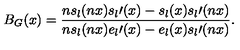
B _ { G } ( x ) = \frac { n s _ { l } ( n x ) s _ { l } \prime ( x ) - s _ { l } ( x ) s _ { l } \prime ( n x ) } { n s _ { l } ( n x ) e _ { l } \prime ( x ) - e _ { l } ( x ) s _ { l } \prime ( n x ) } .